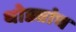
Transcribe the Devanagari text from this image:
थोड्यांच